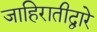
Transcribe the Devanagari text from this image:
जाहिरातीद्वारे